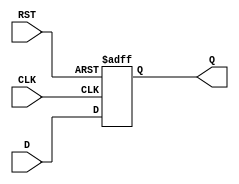
module stage_register #(
    parameter WIDTH = 8  // Parameter to define the width of the register
)(
    input  wire [WIDTH-1:0] D,    // Data Input
    input  wire CLK,                // Clock
    input  wire RST,                // Reset
    output reg  [WIDTH-1:0] Q       // Data Output
);

    // Asynchronous reset and clock edge-triggered behavior
    always @(posedge CLK or posedge RST) begin
        if (RST) begin
            Q <= {WIDTH{1'b0}};      // Clear the register on reset
        end else begin
            Q <= D;                  // Capture data on rising edge of clock
        end
    end

endmodule